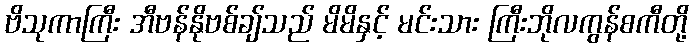
ဗိသုကာကြီး အီဗန်နိုဗစ်ချ်သည် မိမိနှင့် မင်းသား ကြီးဘိုလကွန်စကီတို့